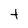
Character: t